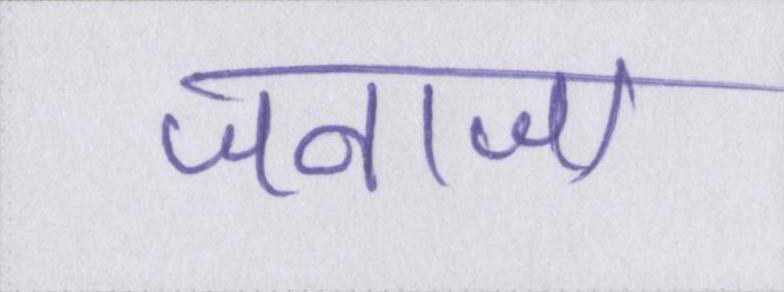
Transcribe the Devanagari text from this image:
जनाजा